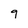
Character: g